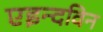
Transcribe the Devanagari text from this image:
एइन्दविन